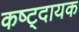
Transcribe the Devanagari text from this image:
कष्ट्दायक